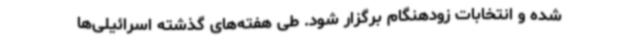
شده و انتخابات زودهنگام برگزار شود. طی هفته‌های گذشته اسرائیلی‌ها